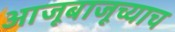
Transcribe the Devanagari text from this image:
आजूबाजूच्याच